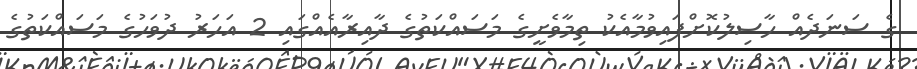
ގެ ސަނަދެއް ހާސިލުކޮށްފައިވުމާއެކު ތިމާވެށީގެ މަސައްކަތުގެ ދާއިރާއެއްގައި 2 އަހަރު ދުވަހުގެ މަސައްކަތުގެ